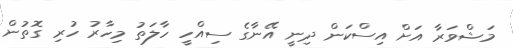
މަޝްވަރާ އަށް އިސްކަން ދިނީ އޭނާގެ ސިއްހީ ހާލަތު މިހާރު ހުރި ގޮތުން